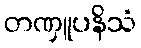
တဏှူပနိသံ